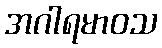
အဂါရမာဝသ